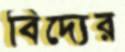
বিদ্যের